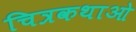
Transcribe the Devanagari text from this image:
चित्रकथाओ